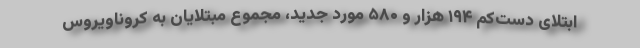
ابتلای دست‌کم ۱۹۴ هزار و ۵۸۰ مورد جدید، مجموع مبتلایان به کروناویروس